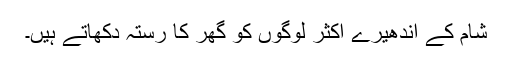
شام کے اندھیرے اکثر لوگوں کو گھر کا رستہ دِکھاتے ہیں۔